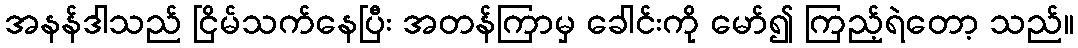
အနန်ဒါသည် ငြိမ်သက်နေပြီး အတန်ကြာမှ ခေါင်းကို မော်၍ ကြည့်ရဲတော့ သည်။